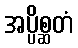
အပ္ပိစ္ဆတံ